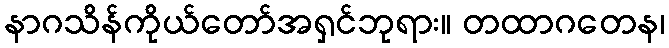
နာဂသိန်ကိုယ်တော်အရှင်ဘုရား။ တထာဂတေန၊